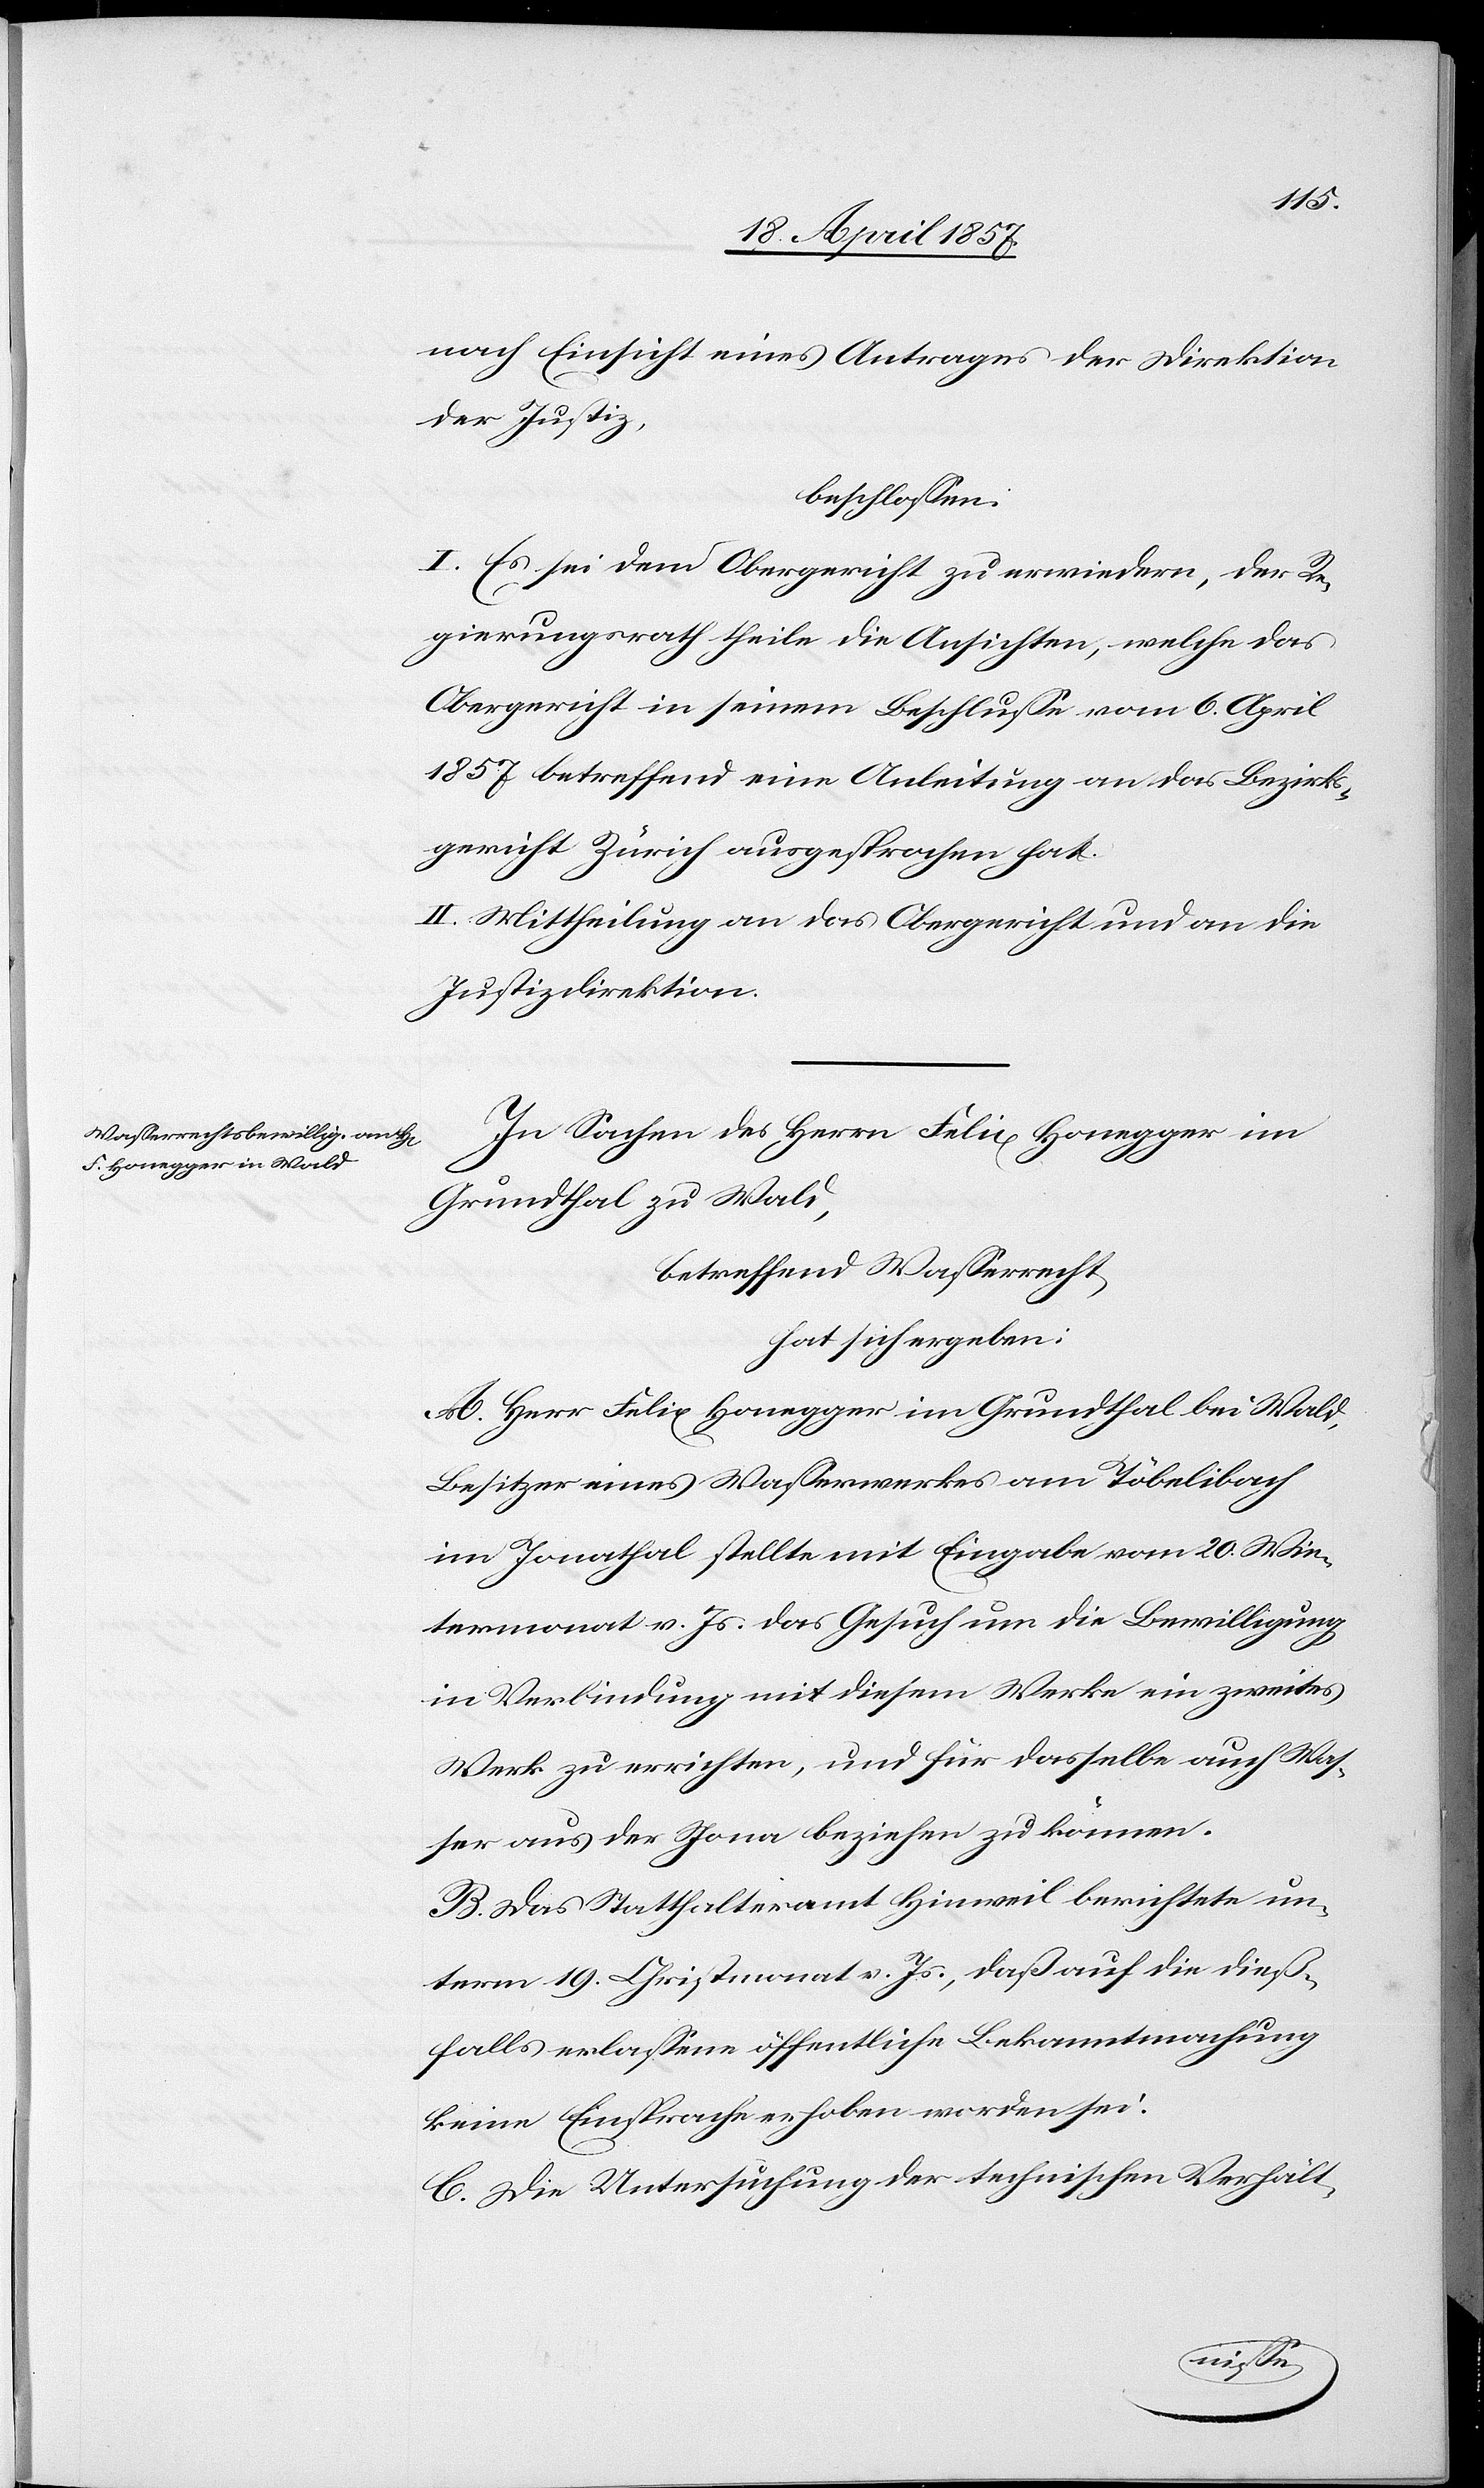
nach Einsicht eines Antrages der Direktion
der Justiz,
beschlossen:
I. Es sei dem Obergerichte zu erwiedern, der Re¬
gierungsrath theile die Ansichten, welche das
Obergericht in seinem Beschlusse vom 6. April
1857 betreffend eine Anleitung an das Bezirks¬
gericht Zürich ausgesprochen hat.
II. Mittheilung an das Obergericht und an die
Justizdirektion.
In Sachen des Herrn Felix Honegger im
Grundthal zu Wald,
betreffend Wasserrecht,
hat sich ergeben:
A. Herr Felix Honegger im Grundthal bei Wald
Besitzer eines Wasserwerkes am Töbelibach
im Jonathal stellte mit Eingabe vom 20. Win¬
termonat v. Js. das Gesuch um die Bewilligung
in Verbindung mit diesem Werke ein zweites
Werk zu errichten, und für dasselbe auch Was¬
ser aus der Jona beziehen zu können.
B. Das Statthalteramt Hinweil berichtete un¬
term 19. Christmonat v. Js., daß auf die dieß¬
falls erlassene öffentliche Bekanntmachung
keine Einsprache erhoben worden sei.
C. Die Untersuchung der technischen Verhält-